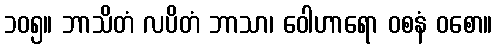
၁၀၅။ ဘာသိတံ လပိတံ ဘာသာ၊ ဝေါဟာရော ဝစနံ ဝစော။